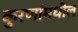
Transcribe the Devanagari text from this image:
कुरणांमधील